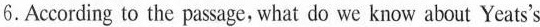
6.According to the passage, what do we know about Yeats's